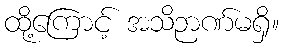
ထို့ကြောင့် အသိဉာဏ်မရှိ။